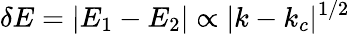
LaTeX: \delta E=|E_{1}-E_{2}|\propto|k-k_{c}|^{1/2}